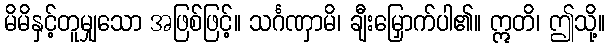
မိမိနှင့်တူမျှသော အဖြစ်ဖြင့်။ သင်္ဂဏှာမိ၊ ချီးမြှောက်ပါ၏။ ဣတိ၊ ဤသို့။